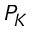
P _ { K }